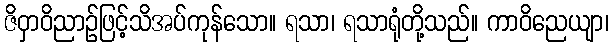
ဇိဝှာဝိညာဉ်ဖြင့်သိအပ်ကုန်သော။ ရသာ၊ ရသာရုံတို့သည်။ ကာဝိညေယျာ၊